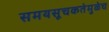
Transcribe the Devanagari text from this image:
समयसूचकतेमुळेच